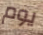
يوم